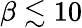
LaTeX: \beta\lesssim 10